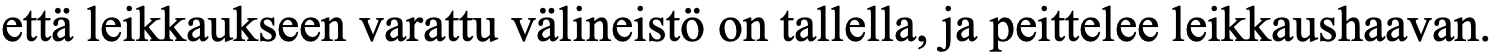
että leikkaukseen varattu välineistö on tallella, ja peittelee leikkaushaavan.